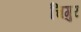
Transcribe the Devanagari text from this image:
चिगुर